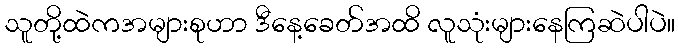
သူတို့ထဲကအများစုဟာ ဒီနေ့ခေတ်အထိ လူသုံးများနေကြဆဲပါပဲ။